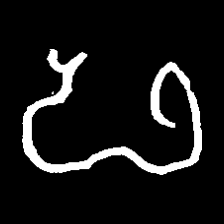
Pyu character \u2014 Myanmar letter: ဖ (romanized: pha)